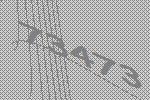
73473